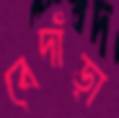
বেদাঁড়া